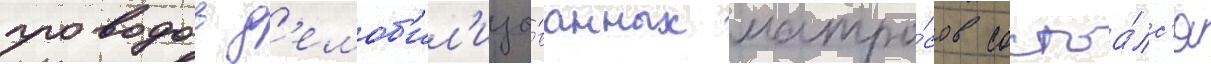
проводов д'емоб'ил'изо́ванных матро́сов состоа́лс'я